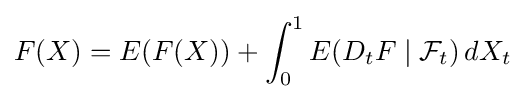
F(X)=E(F(X))+\int _{0}^{1}E(D_{t}F\mid {\mathcal {F}}_{t})\,dX_{t}